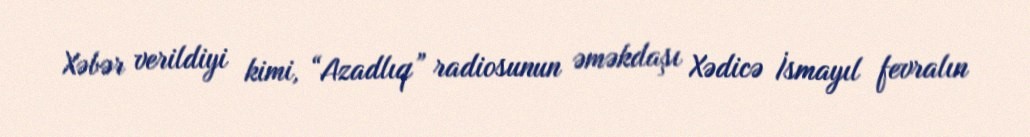
Xəbər verildiyi kimi, “Azadlıq” radiosunun əməkdaşı Xədicə İsmayıl fevralın